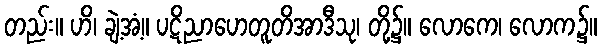
တည်း။ ဟိ၊ ချဲ့အံ့။ ပဋိညာဟေတူတိအာဒီသု၊ တို့၌။ လောကေ၊ လောက၌။